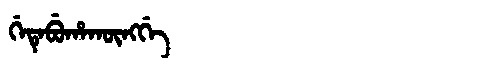
Manchu: ᡤᡝᡨᡝᠪᡠᡥᠠᡴᡡᠩᡤᡝ
Romanization: GETEBUHAKŪNGGE